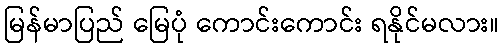
မြန်မာပြည် မြေပုံ ကောင်းကောင်း ရနိုင်မလား။